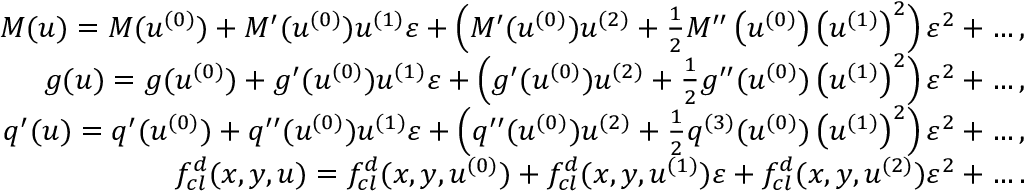
\begin{array} { r l r } & { } & { M ( u ) = M ( u ^ { ( 0 ) } ) + M ^ { \prime } ( u ^ { ( 0 ) } ) u ^ { ( 1 ) } \varepsilon + \left( M ^ { \prime } ( u ^ { ( 0 ) } ) u ^ { ( 2 ) } + \frac { 1 } { 2 } M ^ { \prime \prime } \left( u ^ { ( 0 ) } \right) \left( u ^ { ( 1 ) } \right) ^ { 2 } \right) \varepsilon ^ { 2 } + \hdots , } \\ & { } & { g ( u ) = g ( u ^ { ( 0 ) } ) + g ^ { \prime } ( u ^ { ( 0 ) } ) u ^ { ( 1 ) } \varepsilon + \left( g ^ { \prime } ( u ^ { ( 0 ) } ) u ^ { ( 2 ) } + \frac { 1 } { 2 } g ^ { \prime \prime } ( u ^ { ( 0 ) } ) \left( u ^ { ( 1 ) } \right) ^ { 2 } \right) \varepsilon ^ { 2 } + \hdots , } \\ & { } & { q ^ { \prime } ( u ) = q ^ { \prime } ( u ^ { ( 0 ) } ) + q ^ { \prime \prime } ( u ^ { ( 0 ) } ) u ^ { ( 1 ) } \varepsilon + \left( q ^ { \prime \prime } ( u ^ { ( 0 ) } ) u ^ { ( 2 ) } + \frac { 1 } { 2 } q ^ { ( 3 ) } ( u ^ { ( 0 ) } ) \left( u ^ { ( 1 ) } \right) ^ { 2 } \right) \varepsilon ^ { 2 } + \hdots , } \\ & { } & { f _ { c l } ^ { d } ( x , y , u ) = f _ { c l } ^ { d } ( x , y , u ^ { ( 0 ) } ) + f _ { c l } ^ { d } ( x , y , u ^ { ( 1 ) } ) \varepsilon + f _ { c l } ^ { d } ( x , y , u ^ { ( 2 ) } ) \varepsilon ^ { 2 } + \hdots . } \end{array}